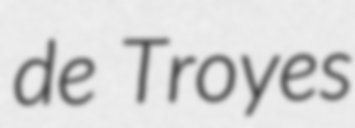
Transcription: de Troyes